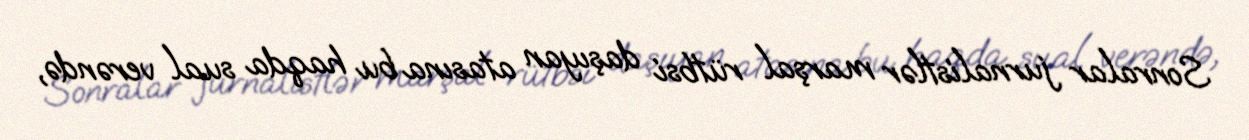
Sonralar jurnalistlər marşal rütbsi daşıyan atasına bu haqda sual verəndə,